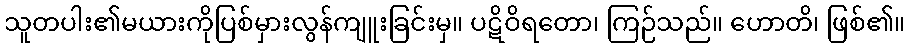
သူတပါး၏မယားကိုပြစ်မှားလွန်ကျူးခြင်းမှ။ ပဋိဝိရတော၊ ကြဉ်သည်။ ဟောတိ၊ ဖြစ်၏။